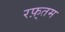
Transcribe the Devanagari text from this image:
रफ़्तम